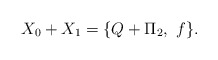
\begin{align*}X_0 + X_1=\{Q+\Pi_2, \ f\} .\end{align*}